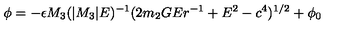
\phi = - \epsilon M _ { 3 } ( | M _ { 3 } | E ) ^ { - 1 } ( 2 m _ { 2 } G E r ^ { - 1 } + E ^ { 2 } - c ^ { 4 } ) ^ { 1 / 2 } + \phi _ { 0 }